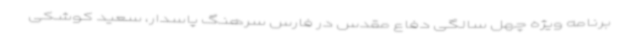
برنامه ویژه چهل سالگی دفاع مقدس در فارس سرهنگ پاسدار، سعید کوشکی